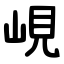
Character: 峴